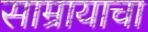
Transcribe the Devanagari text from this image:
साम्रायाचा